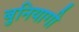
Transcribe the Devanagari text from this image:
बुनियागी